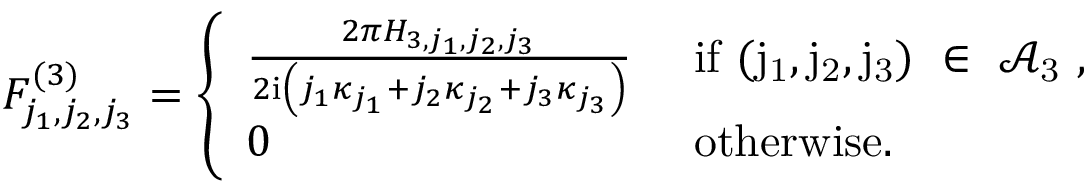
\begin{array} { r } { F _ { j _ { 1 } , j _ { 2 } , j _ { 3 } } ^ { ( 3 ) } = \left\{ \begin{array} { l l } { \frac { 2 \pi H _ { 3 , j _ { 1 } , j _ { 2 } , j _ { 3 } } } { 2 \mathrm { i } \left( j _ { 1 } \kappa _ { j _ { 1 } } + j _ { 2 } \kappa _ { j _ { 2 } } + j _ { 3 } \kappa _ { j _ { 3 } } \right) } } & { \mathrm { ~ i f ~ ( j _ 1 , j _ 2 , j _ 3 ) ~ \in ~ \mathcal { A } _ 3 ~ } , } \\ { 0 } & { \mathrm { ~ o t h e r w i s e . } } \end{array} \right. } \end{array}